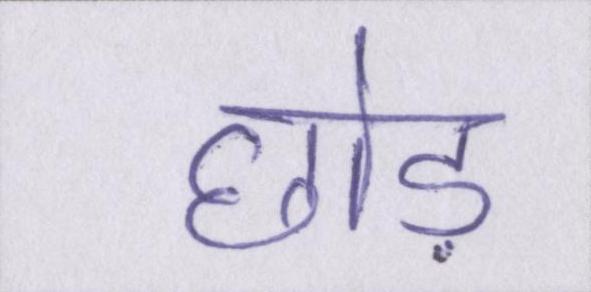
छोड़